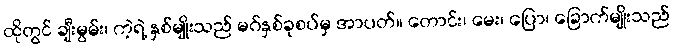
ထိုတွင် ချီးမွမ်း၊ ကဲ့ရဲ့ နှစ်မျိုးသည် မဂ်နှစ်ခုစပ်မှ အာပတ်။ တောင်း၊ မေး၊ ပြော၊ ခြောက်မျိုးသည်